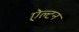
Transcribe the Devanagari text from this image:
ऐल्टन